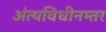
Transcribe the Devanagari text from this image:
अंत्यविधीनम्तर